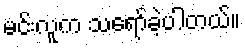
မင်းလူက သရော်ခဲ့ပါတယ်။